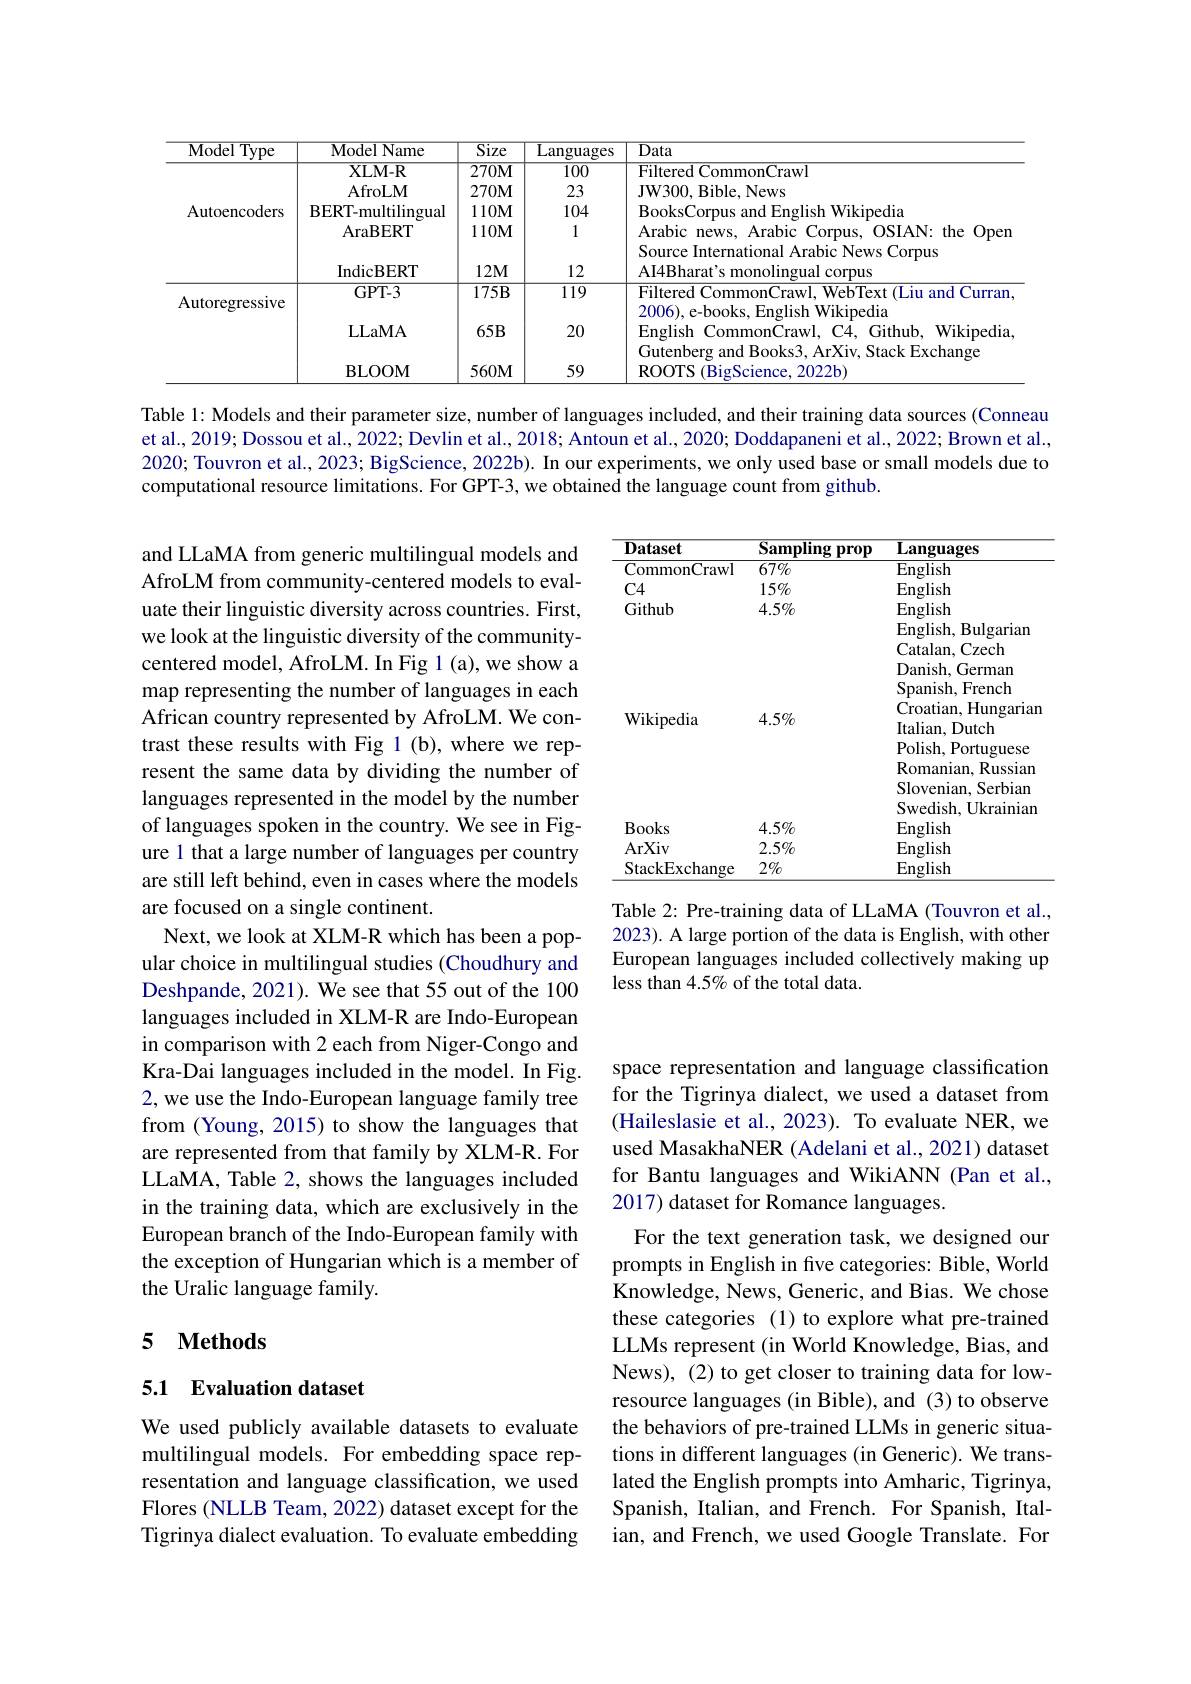
<table>
	<tbody>
		<tr>
			<th>Model $\boxed{\text{Type}}$</th>
			<th>Model Name</th>
			<th>$\overline{\mathrm{Size}}$</th>
			<th>Languages</th>
			<th>Data</th>
		</tr>
		<tr>
			<td rowspan="5">Autoencoders</td>
			<td>XLM- R</td>
			<td>$270\mathbf{M}$</td>
			<td>$\overline{100}$</td>
			<td>Filtered CommonCrawl</td>
		</tr>
		<tr>
			<td>AfroLM</td>
			<td>$270M$</td>
			<td>23</td>
			<td>IW300 , Bible, News</td>
		</tr>
		<tr>
			<td>BERT- multilingual</td>
			<td>$110M$</td>
			<td>104</td>
			<td>RooksCorr Wikipedia</td>
		</tr>
		<tr>
			<td>AraBERT</td>
			<td>- 1 $110\mathbf{M}$</td>
			<td>1</td>
			<td>Arabic news, Arablc Corpus, OSIAN: $\vdots$ $th\epsilon$ {:}0pem</td>
		</tr>
		<tr>
			<td>IndicBERT</td>
			<td>$12M$</td>
			<td>12</td>
			<td>trollal $h$ .L $18cwsC01pus$ AI4Bharat's monolingual corpus</td>
		</tr>
		<tr>
			<td rowspan="3">Autoregressive</td>
			<td>GPT- 3</td>
			<td>$175B$</td>
			<td>119</td>
			<td>Filtered CommonCrawl, WebText (Liu and Curran</td>
		</tr>
		<tr>
			<td>LLaMA</td>
			<td>$65B$</td>
			<td>20</td>
			<td>${\mathbf{W}}1{\mathrm{KIPed}}$ English CommonCrawl, C4, Github, Wikipedia</td>
		</tr>
		<tr>
			<td>BLOOM</td>
			<td>$560M$</td>
			<td>59</td>
			<td>ROOTS $K10.$ 2022b</td>
		</tr>
	</tbody>
</table>

Table 1: Models and their parameter size, number of languages included, and their training data sources (Conneau et al., 2019; Dossou et al., 2022; Devlin et al., 2018; Antoun et al., 2020; Doddapaneni et al., 2022; Brown et al., 2020; Touvron et al., 2023; BigScience, 2022b). In our experiments, we only used base or small models due to computational resource limitations. For GPT-3, we obtained the language count from github.

<table>
	<tbody>
		<tr>
			<th>Dataset</th>
			<th>Sampling prop</th>
			<th>$\mathbf{Languages}$</th>
		</tr>
		<tr>
			<td>CommonCrawl</td>
			<td>$67\%$</td>
			<td>English</td>
		</tr>
		<tr>
			<td>$C4$</td>
			<td>$15\%$</td>
			<td>English</td>
		</tr>
		<tr>
			<td rowspan="5">Github</td>
			<td>$4.5\%$</td>
			<td>$\operatorname{English}$</td>
		</tr>
		<tr>
			<td> </td>
			<td>English, Bulgarian</td>
		</tr>
		<tr>
			<td> </td>
			<td>Catalan Czech</td>
		</tr>
		<tr>
			<td> </td>
			<td>Danish, German</td>
		</tr>
		<tr>
			<td> </td>
			<td>Spanish, French</td>
		</tr>
		<tr>
			<td> </td>
			<td> </td>
			<td>Croatian, ,Hungariam </td>
		</tr>
		<tr>
			<td>wikipedia</td>
			<td>$4.0\%$</td>
			<td>Italian, Dutch</td>
		</tr>
		<tr>
			<td> </td>
			<td> </td>
			<td>Polish, Portuguese</td>
		</tr>
		<tr>
			<td> </td>
			<td> </td>
			<td>Romanian. Russian</td>
		</tr>
		<tr>
			<td> </td>
			<td> </td>
			<td>Slovenian, Serbian</td>
		</tr>
		<tr>
			<td> </td>
			<td> </td>
			<td>Swedish, Ukrainian</td>
		</tr>
		<tr>
			<td>$\mathbf{Books}$</td>
			<td>$4.5\%$</td>
			<td>English</td>
		</tr>
		<tr>
			<td>ArXiv</td>
			<td>$2.5\%$</td>
			<td>$\operatorname{English}$</td>
		</tr>
		<tr>
			<td>StackExchange</td>
			<td>$2\%$</td>
			<td>$\operatorname{English}$</td>
		</tr>
	</tbody>
</table>

and LLaMA from generic multilingual models and AfroLM from community-centered models to evaluate their linguistic diversity across countries. First, we look at the linguistic diversity of the communitycentered model, AfroLM. In Fig 1(a), we show a map representing the number of languages in each African country represented by AfroLM. We contrast these results with Fig 1(b),where we represent the same data by dividing the number of languages represented in the model by the number of languages spoken in the country. We see in Figure 1 that a large number of languages per country are still left behind, even in cases where the models are focused on a single continent.
Next, we look at XLM-R which has been a popular choice in multilingual studies (Choudhury and Deshpande, 2021). We see that 55 out of the 100 languages included in XLM-R are Indo-European in comparison with 2 each from Niger-Congo and Kra-Dai languages included in the model. In Fig. 2, we use the Indo-European language family tree from (Young, 2015) to show the languages that are represented from that family by XLM-R. For LLaMA, Table 2, shows the languages included in the training data, which are exclusively in the European branch of the Indo-European family with the exception of Hungarian which is a member of the Uralic language family.

Table 2: Pre-training data of LLaMA (Touvron et al., 2023). A large portion of the data is English, with other European languages included collectively making up less than 4.5% of the total data.

space representation and language classification for the Tigrinya dialect, we used a dataset from (Haileslasie et al., 2023). To evaluate NER, we used MasakhaNER (Adelani et al., 2021) dataset for Bantu languages and WikiANN (Pan et al., 2017) dataset for Romance languages.
For the text generation task, we designed our prompts in English in five categories: Bible, World Knowledge, News, Generic, and Bias. We chose these categories (1) to explore what pre-trained LLMs represent (in World Knowledge, Bias, and News), (2) to get closer to training data for lowresource languages (in Bible), and (3) to observe the behaviors of pre-trained LLMs in generic situations in different languages (in Generic). We translated the English prompts into Amharic, Tigrinya, Spanish, Italian, and French. For Spanish, Italian, and French, we used Google Translate. For

## 5 $\textbf{Methods}$

### 5.1 Evaluation dataset

We used publicly available datasets to evaluate multilingual models. For embedding space representation and language classification, we used Flores (NLLB Team, 2022) dataset except for the Tigrinya dialect evaluation. To evaluate embedding